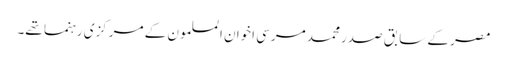
مصر کے سابق صدر محمد مرسی اخوان المسلمون کے مرکزی رہنما تھے۔